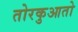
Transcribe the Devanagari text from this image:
तोरकुआतो